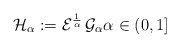
\begin{align*}\mathcal{H}_{\alpha}:=\mathcal{E}^{\frac{1}{\alpha}}\,\mathcal{G}_{\alpha}\alpha\in(0,1]\end{align*}